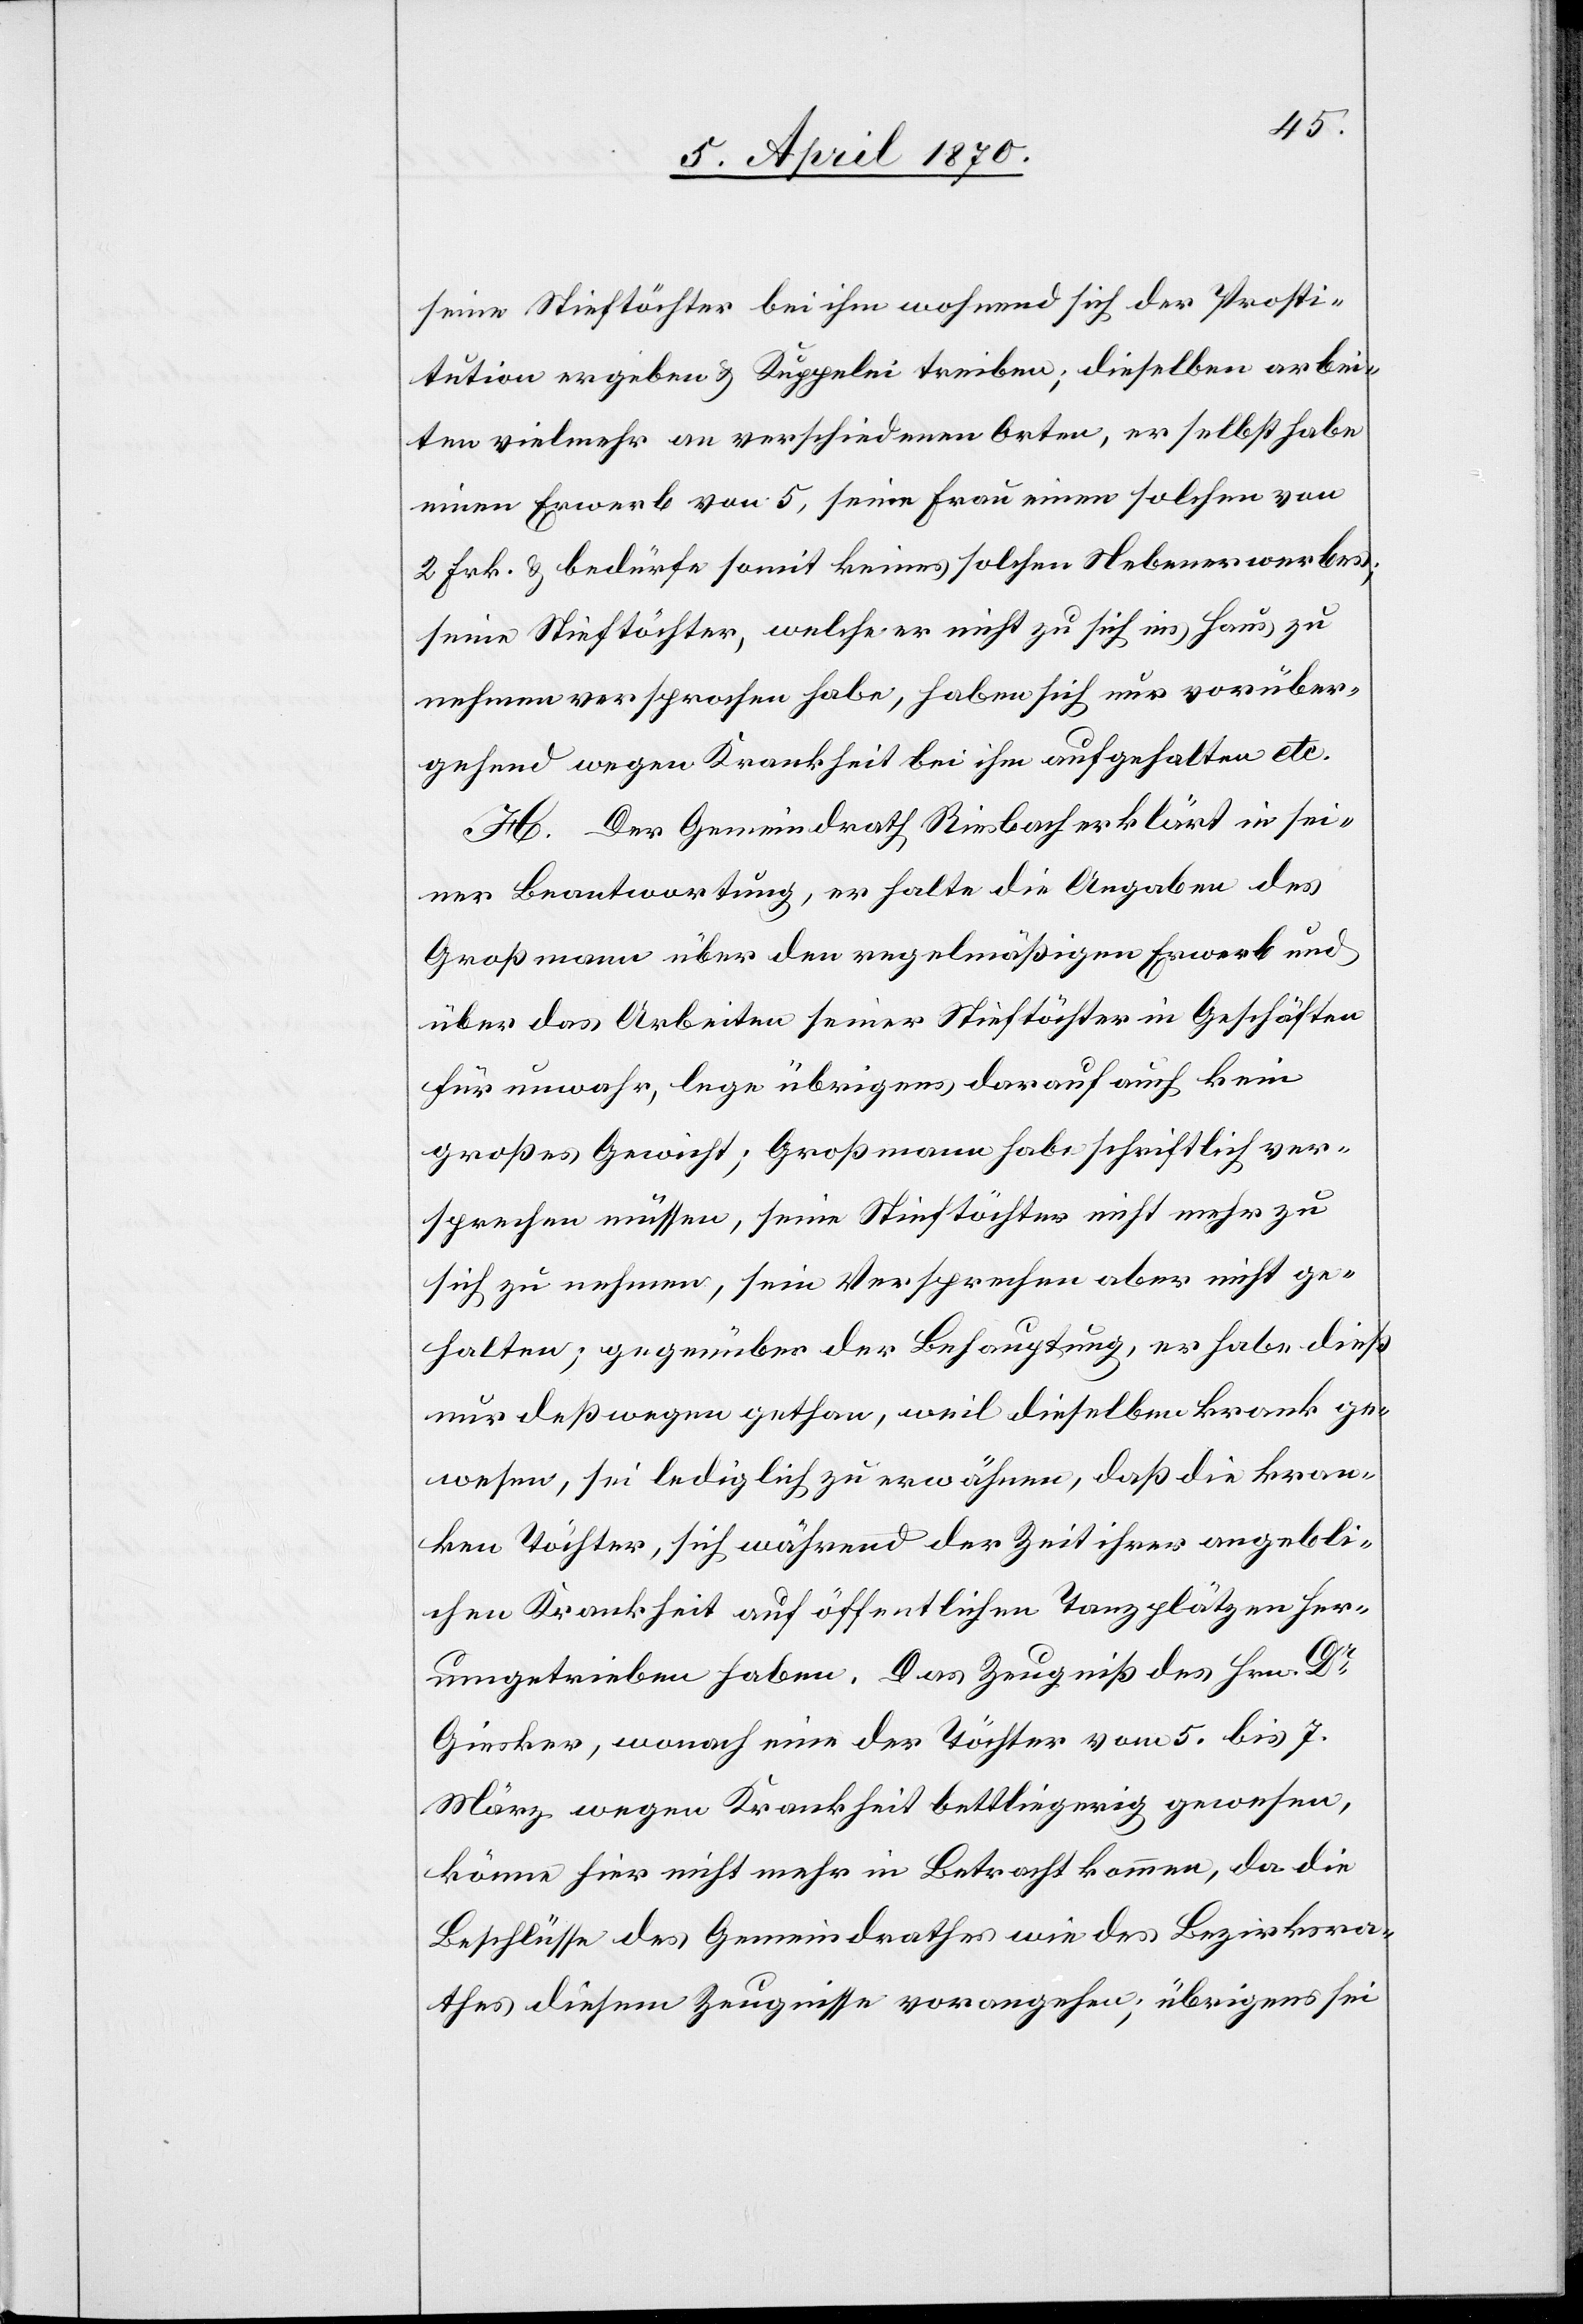
seine Stieftöchter bei ihm wohnend sich der Prosti¬
tution ergeben & Kuppelei treiben; dieselben arbei¬
ten vielmehr an verschiedenen Orten, er selbst habe
einen Erwerb von 5, seine Frau einen solchen von
2 Frk. & bedürfe somit keines solchen Nebenerwerbes;
seine Stieftöchter, welche er nicht zu sich ins Haus zu
nehmen versprochen habe, haben sich nur vorüber¬
gehend wegen Krankheit bei ihm aufgehalten etc.
H. Der Gemeindrath Riesbach erklärt in sei¬
ner Beantwortung, er halte die Angaben des
Großmann über den regelmäßigen Erwerb und
über das Arbeiten seiner Stieftöchter in Geschäften
für unwahr, lege übrigens darauf auch kein
großes Gewicht. Großmann habe schriftlich ver¬
sprechen müssen, seine Stieftöchter nicht mehr zu
sich zu nehmen, sein Versprechen aber nicht ge¬
halten; gegenüber der Behauptung, er habe dieß
nur deßwegen gethan, weil dieselben krank ge¬
wesen, sei lediglich zu erwähnen, daß die kran¬
ken Töchter, sich während der Zeit ihrer angebli¬
chen Krankheit auf öffentlichen Tanzplätzen her¬
umgetrieben haben. Das Zeugniß des Hrn. Dr
Giesker, wonach eine der Töchter vom 5. bis 7.
März wegen Krankheit bettliegerig gewesen,
könne hier nicht mehr in Betracht kommen, da die
Beschlüsse des Gemeindrathes wie des Bezirksra¬
thes diesem Zeugnisse vorangehen, übrigens sei